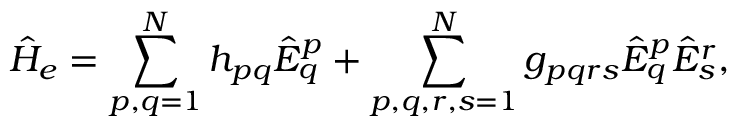
\hat { H } _ { e } = \sum _ { p , q = 1 } ^ { N } h _ { p q } \hat { E } _ { q } ^ { p } + \sum _ { p , q , r , s = 1 } ^ { N } g _ { p q r s } \hat { E } _ { q } ^ { p } \hat { E } _ { s } ^ { r } ,